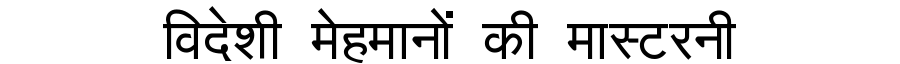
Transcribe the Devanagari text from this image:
विदेशी मेहमानों की मास्टरनी